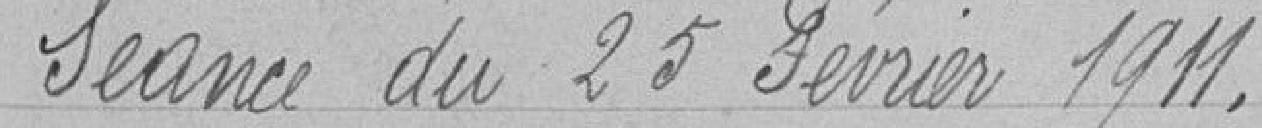
Séance du 25 Février 1911.